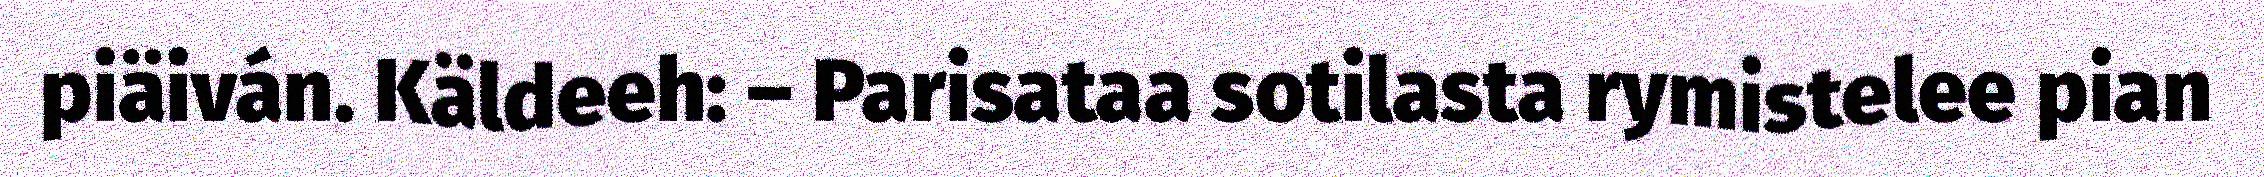
piäiván. Käldeeh: – Parisataa sotilasta rymistelee pian